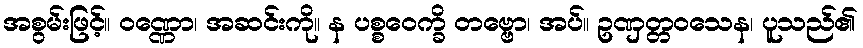
အစွမ်းဖြင့်။ ဝဏ္ဏော၊ အဆင်းကို။ န ပစ္စဝေက္ခိ တဗ္ဗော၊ အပ်။ ဥဏှတ္တဝသေန၊ ပူသည်၏